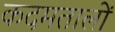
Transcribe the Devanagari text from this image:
कदमतालों